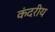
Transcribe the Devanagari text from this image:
कंदरीय